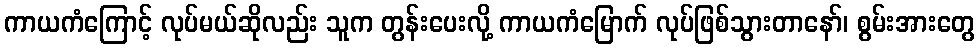
ကာယကံကြောင့် လုပ်မယ်ဆိုလည်း သူက တွန်းပေးလို့ ကာယကံမြောက် လုပ်ဖြစ်သွားတာနော်၊ စွမ်းအားတွေ